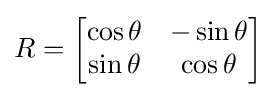
R={\begin{bmatrix}\cos \theta &-\sin \theta \\\sin \theta &\cos \theta \\\end{bmatrix}}